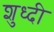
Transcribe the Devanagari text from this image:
शुध्दी